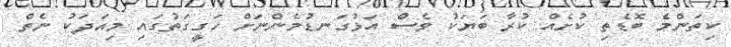
ކިތަންމެ ބޮޑެތި ކުށެއް ކުރާ ބަޔަކު ވެސް އަޅުގަނޑުމެންނަށް ހަގީގަތުގައި މިއަދަކު ނެތް